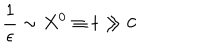
\frac { 1 } { \epsilon } \sim X ^ { 0 } \equiv t \gg 0